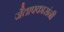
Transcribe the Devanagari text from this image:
जैतापकारांनी